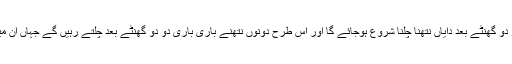
دو گھنٹے بعد بایاں نتھنا چلے گا پھر دو گھنٹے بعد دایاں نتھنا چلنا شروع ہوجائے گا اور اس طرح دونوں نتھنے باری باری دو دو گھنٹے بعد چلتے رہیں گے جہاں ان میں فرق پڑے گا انسان بیمار ہوجائیگا۔